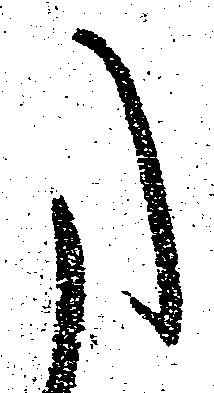
た